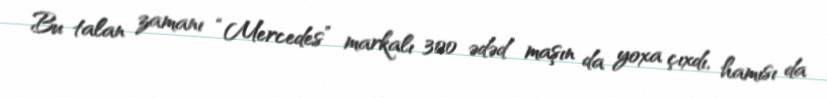
Bu talan zamanı “Mercedes” markalı 300 ədəd maşın da yoxa çıxdı, hamısı da